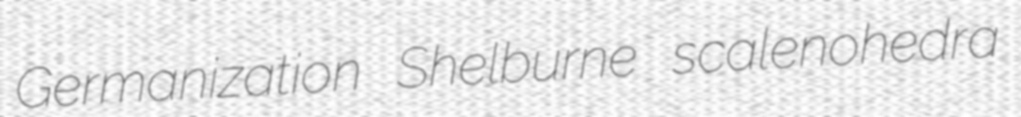
Germanization Shelburne scalenohedra